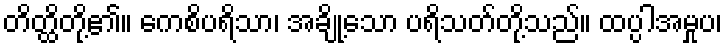
တိတ္ထိတို့၏။ ကေစိပရိသာ၊ အချို့သော ပရိသတ်တို့သည်။ ထပ္ပါအမှုပ၊